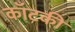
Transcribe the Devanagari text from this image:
कॉटकी